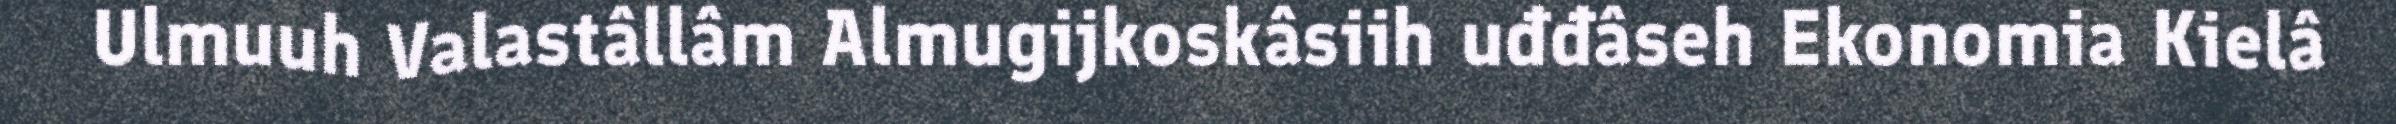
Ulmuuh Valastâllâm Almugijkoskâsiih uđđâseh Ekonomia Kielâ